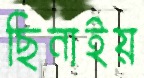
ছিনাইয়